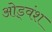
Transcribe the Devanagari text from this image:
ओड्वंश